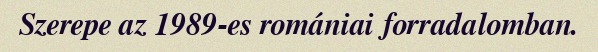
Szerepe az 1989-es romániai forradalomban.